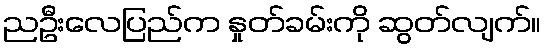
ညဦးလေပြည်က နှုတ်ခမ်းကို ဆွတ်လျက်။